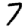
Digit: 7